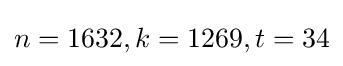
n=1632,k=1269,t=34